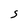
Character: S